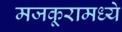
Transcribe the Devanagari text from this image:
मजकूरामध्ये